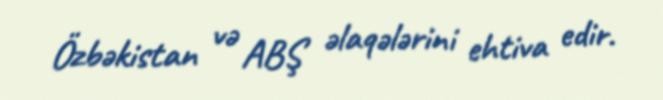
Özbəkistan və ABŞ əlaqələrini ehtiva edir.